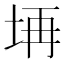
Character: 𱖝